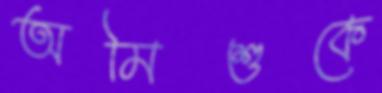
অমিশুকে